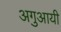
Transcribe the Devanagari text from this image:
अगुआयी